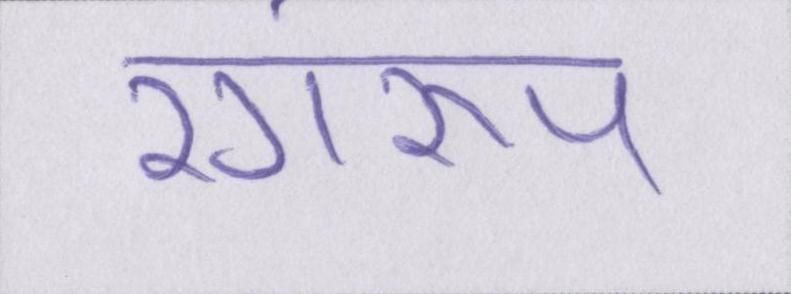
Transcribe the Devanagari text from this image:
रंगरूप